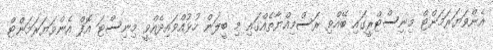
އެންވަޔަރަމަންޓް މިނިސްޓްރީގައި ބޭއްވި ރަސްމިއްޔާތެއްގައި މި ބީލަން ހުޅުއްވައިދެއްވީ މިނިސްޓަ އޮފް އެންވަޔަރަމަންޓް